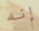
إنه